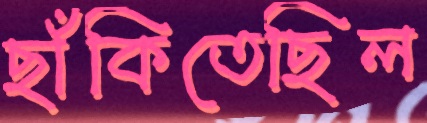
ছাঁকিতেছিল